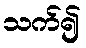
သက်၍